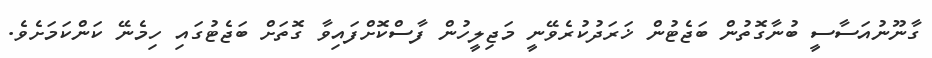
ގާނޫނުއަސާސީ ބުނާގޮތުން ބަޖެޓުން ޚަރަދުކުރެވޭނީ މަޖިލީހުން ފާސްކޮށްފައިވާ ގޮތަށް ބަޖެޓުގައި ހިމެނޭ ކަންކަމަށެވެ.